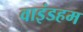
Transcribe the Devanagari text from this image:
वाइंडहम